Vaccine operations Central Provinces 1886-1899 - 1886-1899
Year: 1886
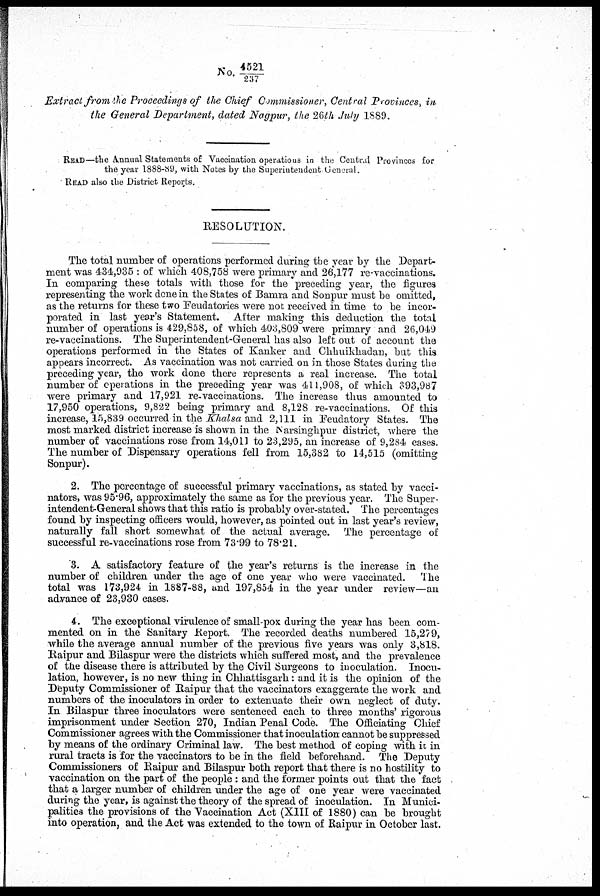
No. 4521/237
Extract from the Proceedings of the Chief Commissioner, Central Provinces, in
the General Department, dated Nagpur, the 26th July 1889.
READ—the Annual Statements of Vaccination operations in the Central Provinces for
the year 1888-89, with Notes by the Superintendent General.
READ also the District Reports.
RESOLUTION.
The total number of operations performed during the year by the Depart-
ment was 434,935 : of which 408,758 were primary and 26,177 re-vaccinations.
In comparing these totals with those for the preceding year, the figures
representing the work done in the States of Bamra and Sonpur must be omitted,
as the returns for these two Feudatories were not received in time to be incor-
porated in last year's Statement. After making this deduction the total
number of operations is 429,858, of which 403,809 were primary and 26,049
re-vaccinations. The Superintendent-General has also left out of account the
operations performed in the States of Kanker and Chhuikhadan, but this
appears incorrect. As vaccination was not carried on in those States during the
preceding year, the work done there represents a real increase. The total
number of operations in the preceding year was 411,908, of which 393,987
were primary and 17,921 re-vaccinations. The increase thus amounted to
17,950 operations, 9,822 being primary and 8,128 re-vaccinations. Of this
increase, 15,839 occurred in the Khalsa and 2,111 in Feudatory States. The
most marked district increase is shown in the Narsinghpur district, where the
number of vaccinations rose from 14,011 to 23,295, an increase of 9,284 cases.
The number of Dispensary operations fell from 15,382 to 14,515 (omitting
Sonpur).
2. The percentage of successful primary vaccinations, as stated by vacci-
nators, was 95.96, approximately the same as for the previous year. The Super-
intendent-General shows that this ratio is probably over-stated. The percentages
found by inspecting officers would, however, as pointed out in last year's review,
naturally fall short somewhat of the actual average. The percentage of
successful re-vaccinations rose from 73.99 to 78.21.
'3. A satisfactory feature of the year's returns is the increase in the
number of children under the age of one year who were vaccinated.
The
total was 173,924 in 1887-88, and 197,854 in the year under review—an
advance of 23,930 cases.
4. The exceptional virulence of small-pox during the year has been com-
mented on in the Sanitary Report. The recorded deaths numbered 15,279,
while the average annual number of the previous five years was only 3,818.
Raipur and Bilaspur were the districts which suffered most, and the prevalence
of the disease there is attributed by the Civil Surgeons to inoculation. Inocu-
lation, however, is no new thing in Chhattisgarh: and it is the opinion of the
Deputy Commissioner of Raipur that the vaccinators exaggerate the work and
numbers of the inoculators in order to extenuate their own neglect of duty.
In Bilaspur three inoculators were sentenced each to three months' rigorous
imprisonment under Section 270, Indian Penal Code. The Officiating Chief
Commissioner agrees with the Commissioner that inoculation cannot be suppressed
by means of the ordinary Criminal law. The best method of coping with it in
rural tracts is for the vaccinators to be in the field beforehand. The Deputy
Commissioners of Raipur and Bilaspur both report that there is no hostility to
vaccination on the part of the people : and the former points out that the fact
that a larger number of children under the age of one year were vaccinated
during the year, is against the theory of the spread of inoculation. In Munici-
palities the provisions of the Vaccination Act (XIII of 1880) can be brought
into operation, and the Act was extended to the town of Raipur in October last.